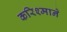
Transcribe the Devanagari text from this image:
करिश्माने